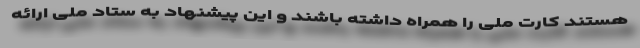
هستند کارت ملی را همراه داشته باشند و این پیشنهاد به ستاد ملی ارائه